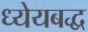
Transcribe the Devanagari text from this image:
ध्येयबद्ध